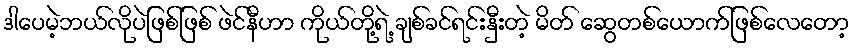
ဒါပေမဲ့ဘယ်လိုပဲဖြစ်ဖြစ် ဖဲင်နီဟာ ကိုယ်တို့ရဲ့ ချစ်ခင်ရင်းနှီးတဲ့ မိတ် ဆွေတစ်ယောက်ဖြစ်လေတော့